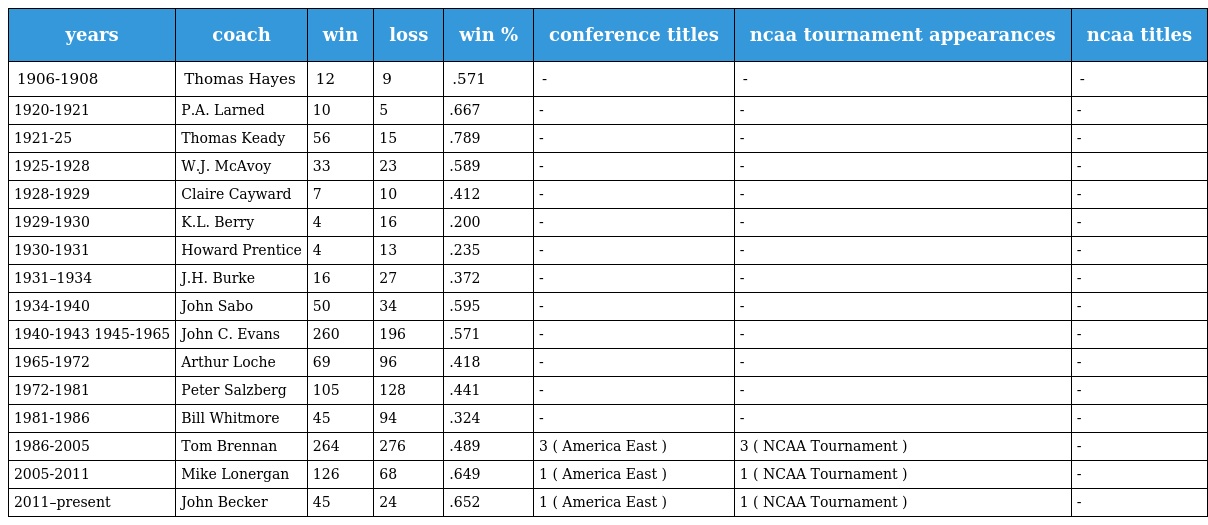
| years | coach | win | loss | win % | conference titles | ncaa tournament appearances | ncaa titles |
 | --- | --- | --- | --- | --- | --- | --- | --- |
 | 1906-1908 | Thomas Hayes | 12 | 9 | .571 | - | - | - |
 | 1920-1921 | P.A. Larned | 10 | 5 | .667 | - | - | - |
 | 1921-25 | Thomas Keady | 56 | 15 | .789 | - | - | - |
 | 1925-1928 | W.J. McAvoy | 33 | 23 | .589 | - | - | - |
 | 1928-1929 | Claire Cayward | 7 | 10 | .412 | - | - | - |
 | 1929-1930 | K.L. Berry | 4 | 16 | .200 | - | - | - |
 | 1930-1931 | Howard Prentice | 4 | 13 | .235 | - | - | - |
 | 1931–1934 | J.H. Burke | 16 | 27 | .372 | - | - | - |
 | 1934-1940 | John Sabo | 50 | 34 | .595 | - | - | - |
 | 1940-1943 1945-1965 | John C. Evans | 260 | 196 | .571 | - | - | - |
 | 1965-1972 | Arthur Loche | 69 | 96 | .418 | - | - | - |
 | 1972-1981 | Peter Salzberg | 105 | 128 | .441 | - | - | - |
 | 1981-1986 | Bill Whitmore | 45 | 94 | .324 | - | - | - |
 | 1986-2005 | Tom Brennan | 264 | 276 | .489 | 3 ( America East ) | 3 ( NCAA Tournament ) | - |
 | 2005-2011 | Mike Lonergan | 126 | 68 | .649 | 1 ( America East ) | 1 ( NCAA Tournament ) | - |
 | 2011–present | John Becker | 45 | 24 | .652 | 1 ( America East ) | 1 ( NCAA Tournament ) | - |